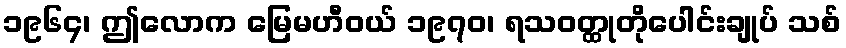
၁၉၆၄၊ ဤလောက မြေမဟီဝယ် ၁၉၇၀၊ ရသဝတ္ထုတိုပေါင်းချုပ် သစ်